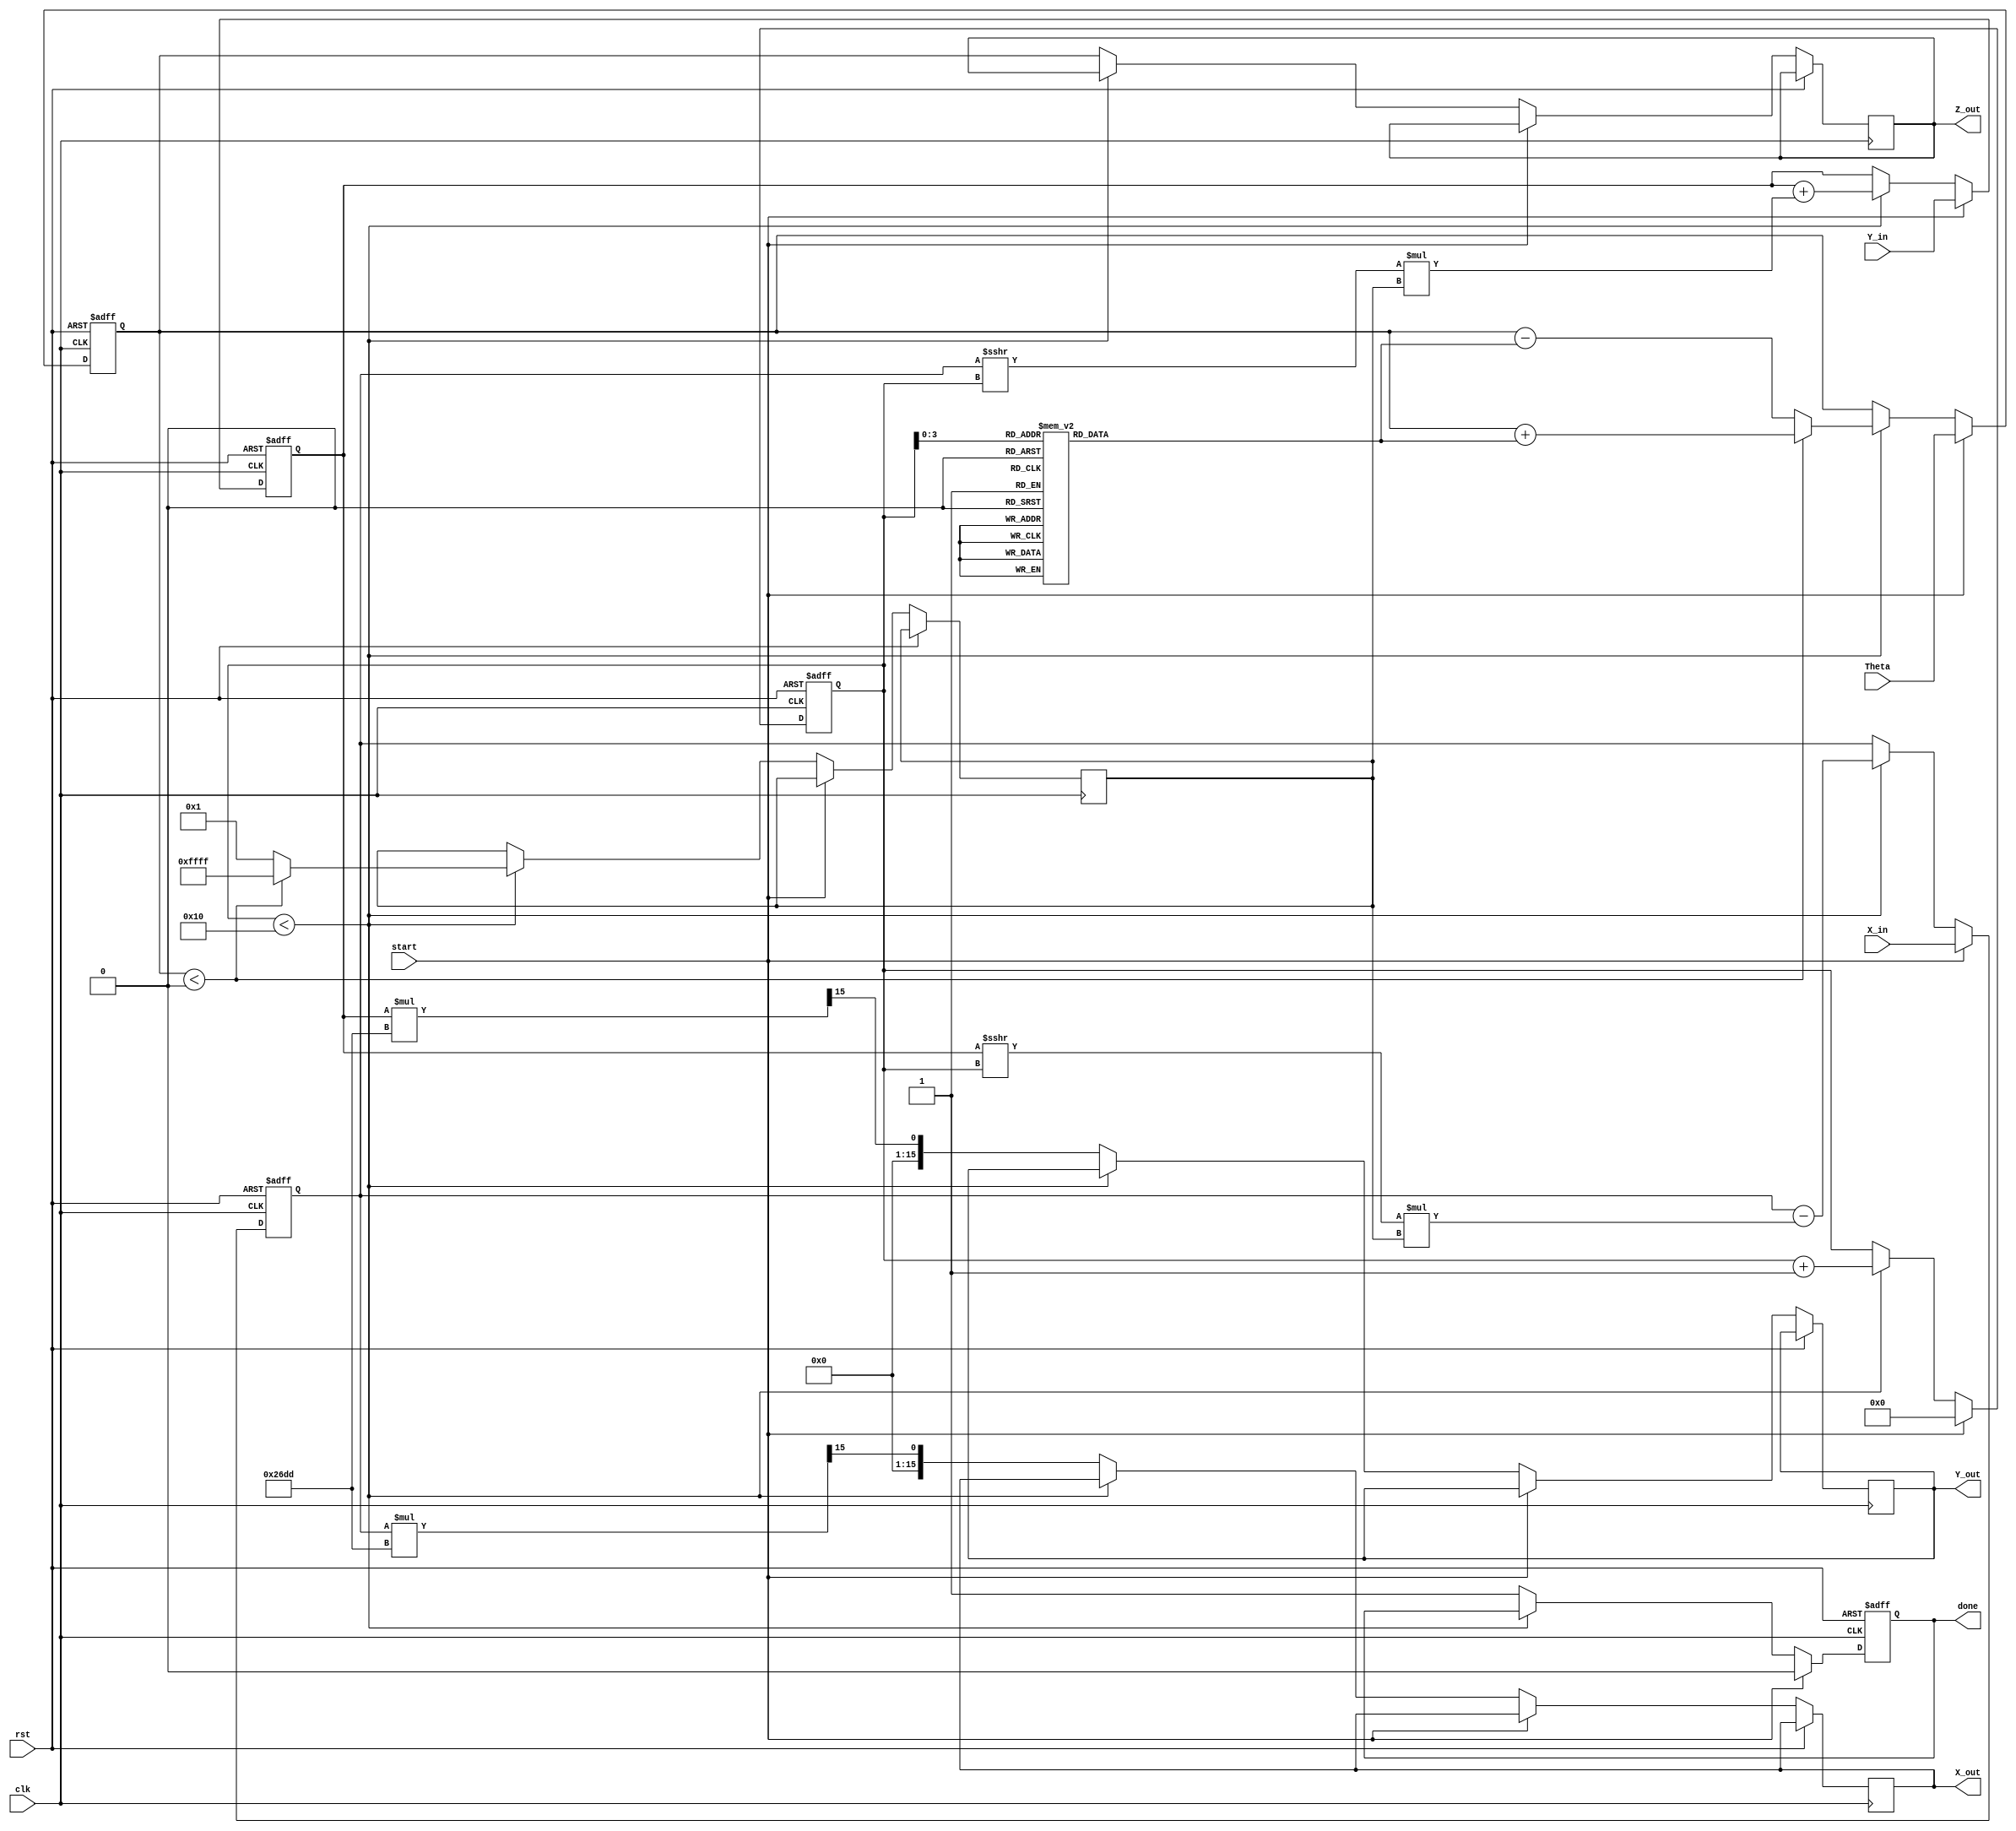
module cordic_2d (
    input wire clk,
    input wire rst,
    input wire start,
    input wire signed [15:0] X_in,     // Input x-coordinate
    input wire signed [15:0] Y_in,     // Input y-coordinate
    input wire signed [15:0] Theta,     // Input angle in radians
    output reg signed [15:0] X_out,     // Output x-coordinate
    output reg signed [15:0] Y_out,     // Output y-coordinate
    output reg signed [15:0] Z_out,     // Output angle after rotation
    output reg done                     // Done signal
);

    // Parameters
    parameter NUM_ITERATIONS = 16;
    parameter FIXED_POINT_FRACTIONAL_BITS = 15; // Number of fractional bits
    parameter K = 16'h26DD; // Scaling factor (approx. 0.607)

    // Internal registers
    reg signed [15:0] X_reg, Y_reg, Z_reg;
    reg [4:0] iteration_count;
    reg [15:0] atan_table [0:NUM_ITERATIONS-1]; // Angle lookup table
    reg signed [15:0] d; // Direction of rotation

    // Initialize the atan_table with precomputed values
    initial begin
        atan_table[0] = 16'h2000; // atan(2^0)
        atan_table[1] = 16'h1000; // atan(2^-1)
        atan_table[2] = 16'h0800; // atan(2^-2)
        atan_table[3] = 16'h0400; // atan(2^-3)
        atan_table[4] = 16'h0200; // atan(2^-4)
        atan_table[5] = 16'h0100; // atan(2^-5)
        atan_table[6] = 16'h0080; // atan(2^-6)
        atan_table[7] = 16'h0040; // atan(2^-7)
        atan_table[8] = 16'h0020; // atan(2^-8)
        atan_table[9] = 16'h0010; // atan(2^-9)
        atan_table[10] = 16'h0008; // atan(2^-10)
        atan_table[11] = 16'h0004; // atan(2^-11)
        atan_table[12] = 16'h0002; // atan(2^-12)
        atan_table[13] = 16'h0001; // atan(2^-13)
        atan_table[14] = 16'h0000; // atan(2^-14)
        atan_table[15] = 16'h0000; // atan(2^-15)
    end

    // State machine for CORDIC operation
    always @(posedge clk or posedge rst) begin
        if (rst) begin
            X_reg <= 0;
            Y_reg <= 0;
            Z_reg <= 0;
            iteration_count <= 0;
            done <= 0;
        end else if (start) begin
            // Initialize registers
            X_reg <= X_in;
            Y_reg <= Y_in;
            Z_reg <= Theta;
            iteration_count <= 0;
            done <= 0;
        end else if (iteration_count < NUM_ITERATIONS) begin
            // Determine direction of rotation
            if (Z_reg < 0) begin
                d <= -1;
                Z_reg <= Z_reg + atan_table[iteration_count];
            end else begin
                d <= 1;
                Z_reg <= Z_reg - atan_table[iteration_count];
            end

            // Update coordinates
            X_reg <= X_reg - (Y_reg >>> iteration_count) * d;
            Y_reg <= Y_reg + (X_reg >>> iteration_count) * d;

            // Increment iteration count
            iteration_count <= iteration_count + 1;
        end else begin
            // Final output after iterations
            X_out <= (X_reg * K) >>> FIXED_POINT_FRACTIONAL_BITS; // Scale output
            Y_out <= (Y_reg * K) >>> FIXED_POINT_FRACTIONAL_BITS; // Scale output
            Z_out <= Z_reg; // Output angle
            done <= 1; // Indicate completion
        end
    end

endmodule